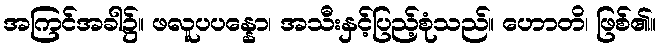
အကြင်အခါ၌။ ဖလူပပန္နော၊ အသီးနှင့်ပြည့်စုံသည်။ ဟောတိ၊ ဖြစ်၏။